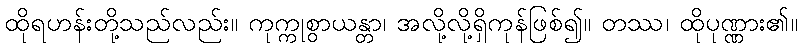
ထိုရဟန်းတို့သည်လည်း။ ကုက္ကုစွာယန္တာ၊ အလို့လို့ရှိကုန်ဖြစ်၍။ တဿ၊ ထိုပုဏ္ဏား၏။